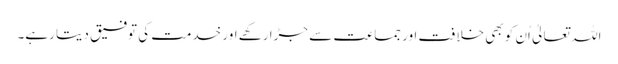
اللہ تعالیٰ اُن کو بھی خلافت اور جماعت سے جڑا رکھے اور خدمت کی توفیق دیتا رہے۔